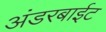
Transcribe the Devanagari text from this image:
अंडरबाईट